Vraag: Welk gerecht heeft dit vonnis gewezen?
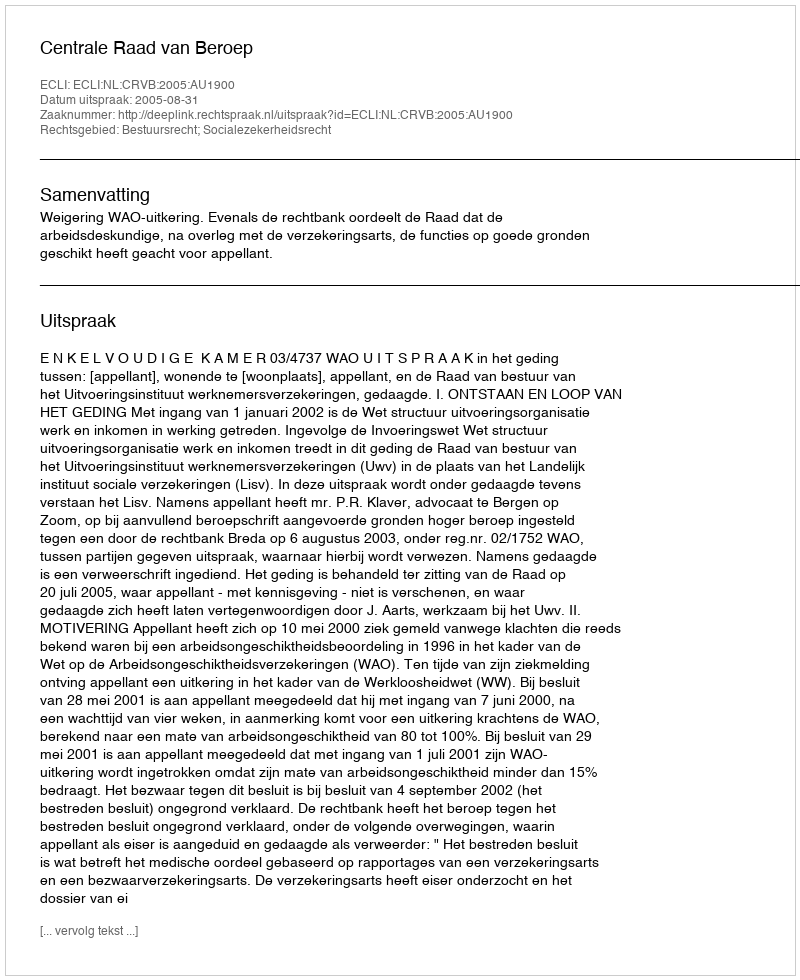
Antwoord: Centrale Raad van Beroep